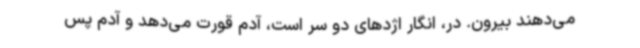
می‌دهند بیرون. در، انگار اژدهای دو سر است، آدم قورت می‌دهد و آدم پس